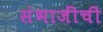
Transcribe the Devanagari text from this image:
संभाजींची